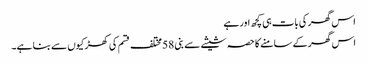
اس گھر کی بات ہی کچھ اور ہے
اس گھر کے سامنے کا حصہ شیشے سے بنی 58 مختلف قسم کی کھڑکیوں سے بنا ہے۔